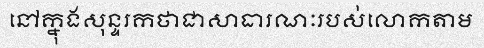
នៅក្នុងសុន្ទរកថាជាសាធារណៈរបស់លោកតាម